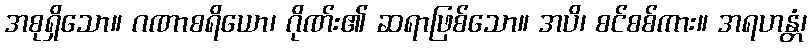
အစုရှိသော။ ဂဏာစရိယော၊ ဂိုဏ်း၏ ဆရာဖြစ်သော။ အပိ၊ စင်စစ်ကား။ အရဟန္တံ၊